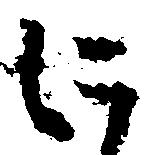
に